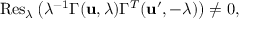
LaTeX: \mathrm { R e s } _ { \lambda } \left( \lambda ^ { - 1 } \Gamma ( { \bf u } , \lambda ) \Gamma ^ { T } ( { \bf u ^ { \prime } } , - \lambda ) \right) \ne 0 ,